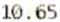
10.65